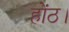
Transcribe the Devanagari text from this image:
होंठ।